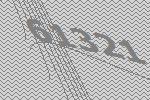
61321